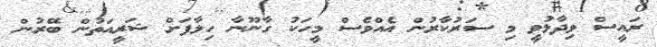
ރައީސް ވިދާޅުވީ މި ސަރުކާރުން އެއްވެސް މީހަކު ގާނޫނާ ހިލާފަށް ޝަރީއަތުން ބޭރުން